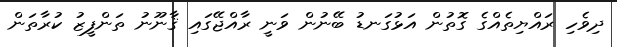
ދިވެހި ރައްޔިތެއްގެ ގޮތުން އަޅުގަނޑު ބޭނުން ވަނީ ރާއްޖޭގައި ޤާނޫނު ތަންފީޒު ކުރާތަން